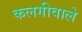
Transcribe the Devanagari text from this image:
कलगीवाले